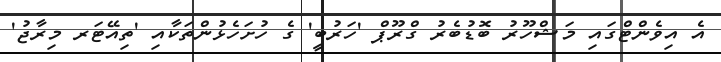
އެ އިވެންޓްގައި މަޝްހޫރު ބޮޑުބެރު ގްރޫޕް 'ހަރުބީ' ގެ ހުށަހެޅުންތަކާއި 'ތިއޭޓަރ މިރާޖު'